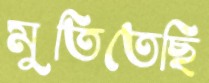
মুতিতেছি